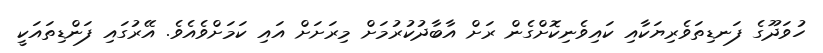
ހުވަދޫގެ ފަނޑިތަވެރިޔަކާއި ކައިވެނިކޮށްގެން ރަށް އާބާދުކުރުމަށް މިރަށަށް އައި ކަމަށްވެއެވެ. އޭރުގައި ފަންޑިތައަކީ